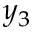
y _ { 3 }